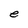
Character: e